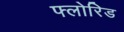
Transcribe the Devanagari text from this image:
फ्लोरिड